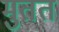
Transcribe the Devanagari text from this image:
मुतत